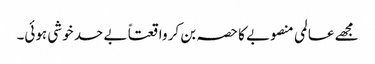
مجھے عالمی منصوبے کا حصہ بن کر واقعتاً بے حد خوشی ہوئی۔